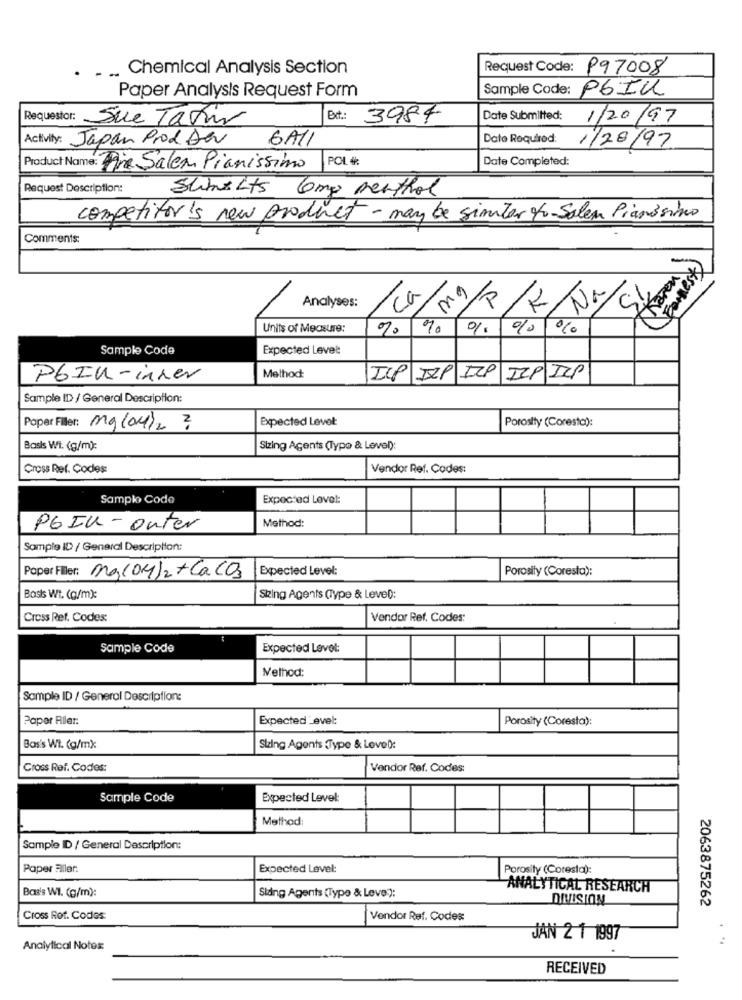
... Chemical Analysis Section
Request Code:
P97008
Sample Code:
PSIU
Paper Analysis Request Form
Requestor:
Sue Tavir
Bxt: 3984
Date Submitted:
1/20/97
Activity: Japan Prod Der
6Al1
Date Required:
1/28/97
POL #
Date Completed:
Product Name: Pre Salen Pianissimo
Request Description:
Sumelts 6mg menthol
competitor's new product - may be similar to Salen Pianissimo
Comments:
Na
Analyses:
Co
wavey
Units of Measure:
%
%
Sample Code
Expected Level:
P6In-inner
Method
ICP ILP ILP
IIP ICP
Sample ID / General Description:
Expected Levet:
Porosity (Coresto):
Poper Filer: mg (04)2 3
Basis Wi. (g/m):
Sizing Agents (Type & Level):
Cross Ref. Codes
Vendor Ref. Codes:
Samplo Code
Expected Lovel:
P6IU-outer
Method:
Sample ID / General Description:
Paper Filler: Maco4)2 + Caco3
Expected Level:
Porosity (Coresta):
Bosts Wt. (g/m):
Sting Agents (Type & Level):
Cross Ref. Codes:
Vendor Ref. Codes:
Sample Code
Expected Levet:
Method:
Sample ID / General Description:
Paper Riler:
Expected Levet:
Porosity (Coresta):
Bas's Wi. (g/mx
Sizing Agents Type & Level):
Cross Ref. Codes:
Vendor Ref. Codes:
Sample Code
Expected Level:
Method:
Sample ID / General Description:
Paper Fler:
Expected Level:
Porosity (Coresta):
Bas's Wi. (g/m):
Sking Agents (Type & Leve):
ANALYTICAL RESEARCH
DIVISION
2063875262
Cross Rot. Codes
Vendor Ref. Codes
JAN 2 1 1997
Analytical Notex:
RECEIVED